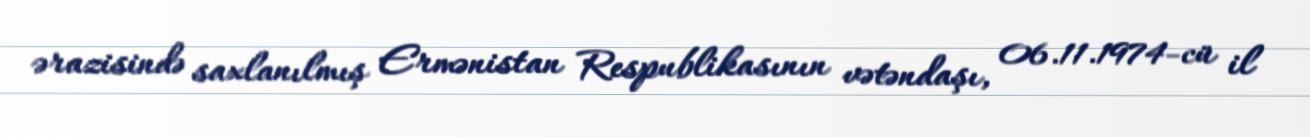
ərazisində saxlanılmış Ermənistan Respublikasının vətəndaşı, 06.11.1974-cü il